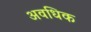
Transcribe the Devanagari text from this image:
अवधिक